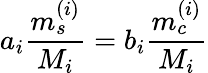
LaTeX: a_{i}\frac{m_{s}^{(i)}}{M_{i}}=b_{i}\frac{m_{c}^{(i)}}{M_{i}}